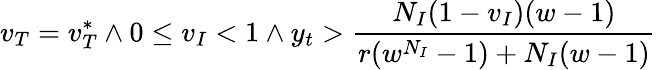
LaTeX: v_{T}=v_{T}^{*}\land 0\le v_{I}<1\land y_{t}>\frac{N_{I}(1-v_{I})(w-1)}{r(w^{N_{I}}-1)+N_{I}(w-1)}